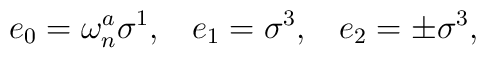
e_0 = \omega_n^a \sigma^1,\;\;\; e_1 = \sigma^3,\;\;\; e_2 = \pm \sigma^3,